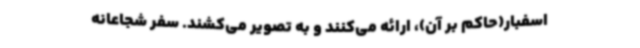
اسفبار(حاکم بر آن)، ارائه می‌کنند و به تصویر می‌کشند. سفر شجاعانه